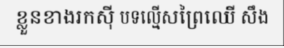
ខ្លួនខាងរកស៊ី បទល្មើសព្រៃឈើ សឹង